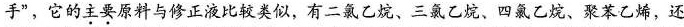
手”，它的主要原料与修正液比较类似，有二氯乙烷、三氯乙烷、四氯乙烷、聚苯乙烯，还